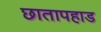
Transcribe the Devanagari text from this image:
छातापहाड